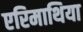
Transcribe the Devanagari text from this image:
एरिमाथिया